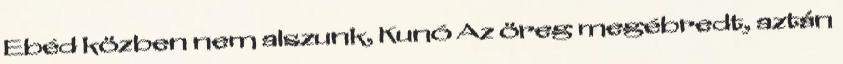
Ebéd közben nem alszunk, Kunó Az öreg megébredt, aztán